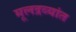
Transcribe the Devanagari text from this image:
मूलद्रव्यांत